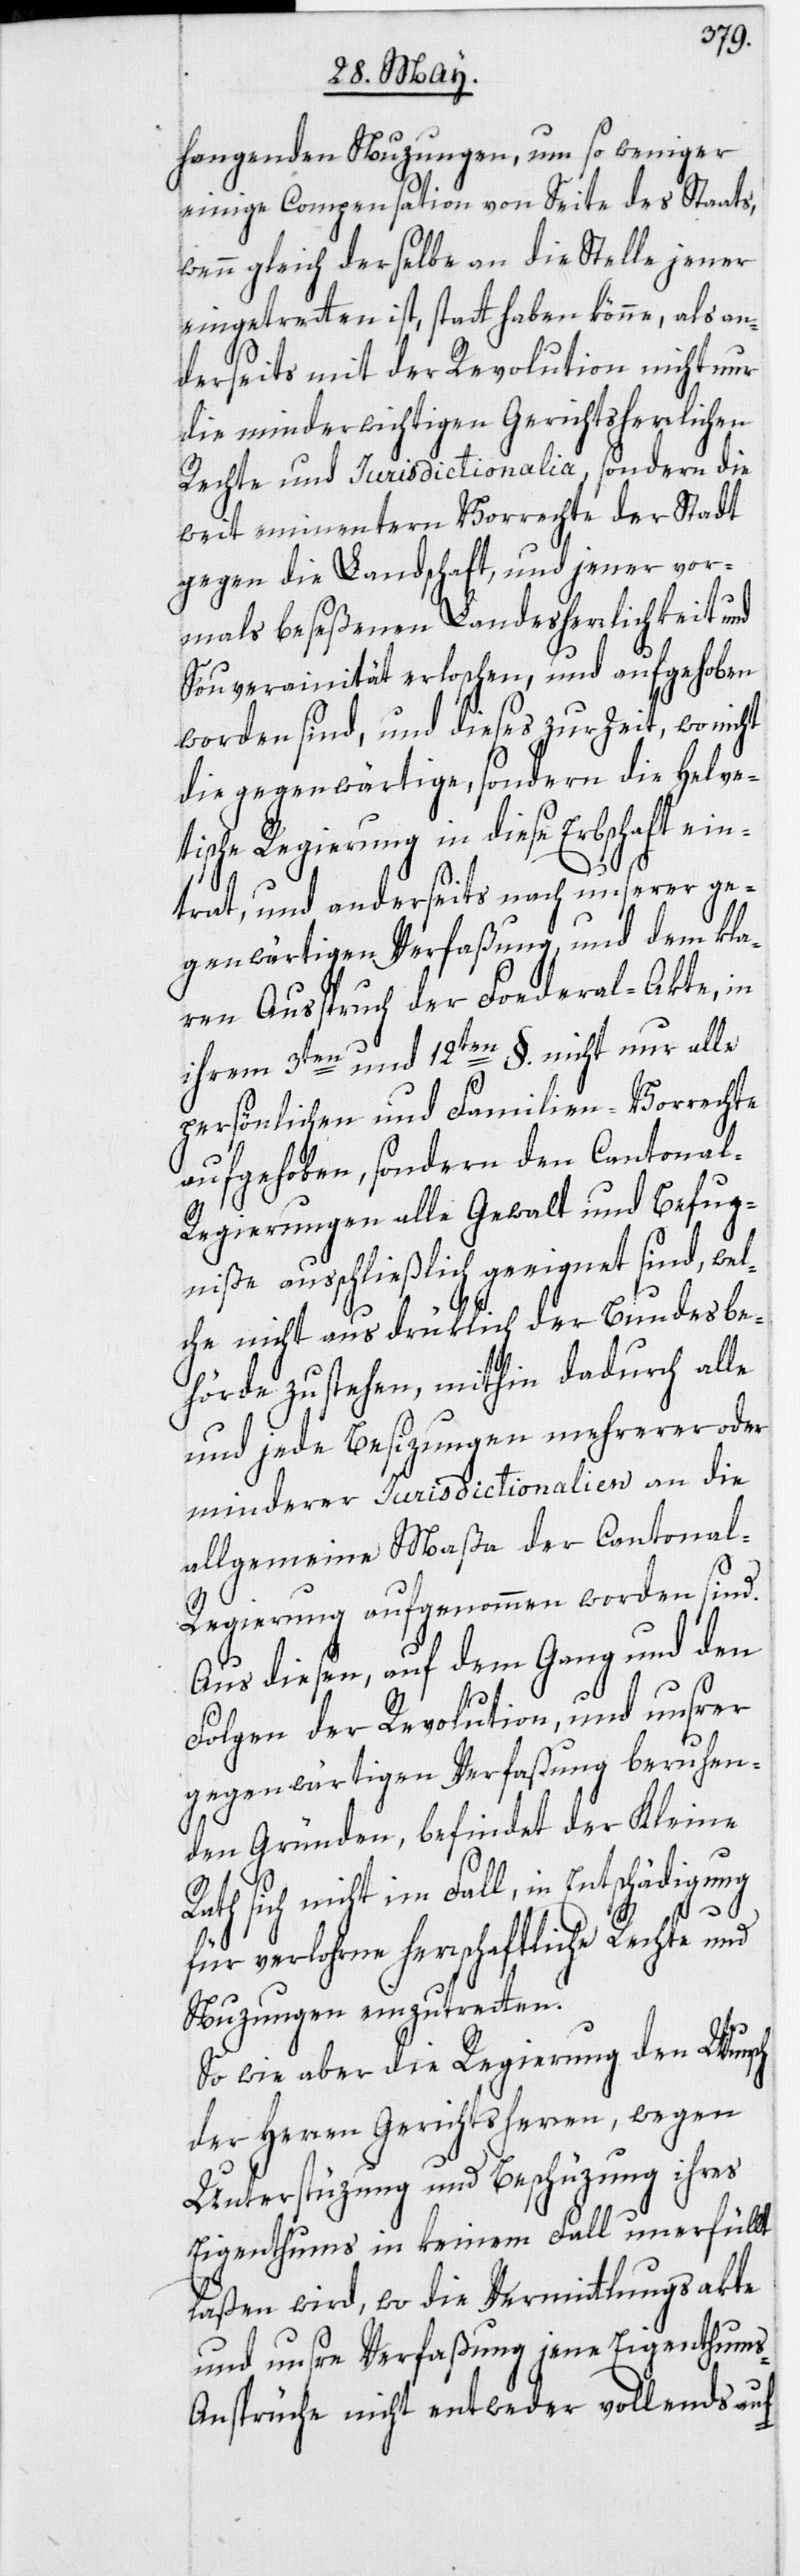
hangenden Nuzungen, um so weniger
einige Compensation von Seite des Staats,
wenn gleich derselbe an die Stelle jener
eingetretten ist, statt haben könne, als an¬
derseits mit der Revolution nicht nur
die minderwichtigen Gerichtsherrlichen
Rechte und Jurisdictionalia, sondern die
weit eminentern Vorrechte der Stadt
gegen die Landschaft, und jener vor¬
mals beseßenen Landesherrlichkeit und
Souverainität erloschen, und aufgehoben
worden sind, und dieses zur Zeit, wo nicht
die gegenwärtige, sondern die Helve¬
tische Regierung in diese Erbschaft ein¬
trat, und anderseits nach unserer ge¬
genwärtigen Verfaßung, und dem kla¬
ren Ausspruch der Federal-Akte, in
ihrem 3ten und 12ten §. nicht nur alle
persönlichen und Familien-Vorrechte
aufgehoben, sondern den Cantonal-R¬
egierungen alle Gewalt und Befug¬
niße ausschließlich geeignet sind, wel¬
che nicht ausdrüklich der Bundesbe¬
hörde zustehen, mithin dadurch alle
und jede Besizungen mehrerer oder
minderer Jurisdictionalien an die
allgemeine Maßa der Cantona¬
l-Regierung aufgenommen worden sind.
Aus diesen, auf dem Gang und den
Folgen der Revolution, und unsrer
gegenwärtigen Verfaßung beruhen¬
den Gründen, befindet der Kleine
Rath sich nicht im Fall, in Entschädigung
für verlohrne herrschaftliche Rechte und
Nuzungen einzutretten.
So wie aber die Regierung den Wunsch
der Herren Gerichtsherren, wegen
Unterstüzung und Beschüzung ihres
Eigenthums in keinem Fall unerfüllt
laßen wird, wo die Vermittlungsakte
und unsre Verfaßung jene Eigenthum¬
s-Ansprüche nicht entweder vollends auf-